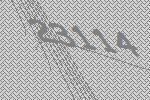
23114